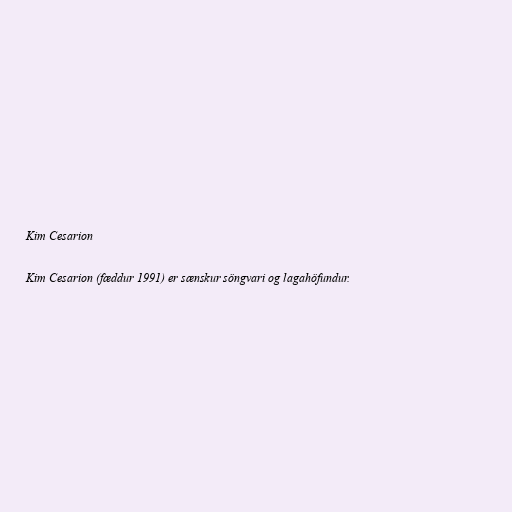
Kim Cesarion

Kim Cesarion (fæddur 1991) er sænskur söngvari og lagahöfundur.